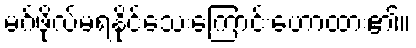
မဂ်ဖိုလ်မရနိုင်သေးကြောင်းဟောထား၏။